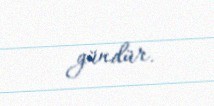
gündür.